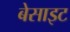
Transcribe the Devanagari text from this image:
बेसाइट